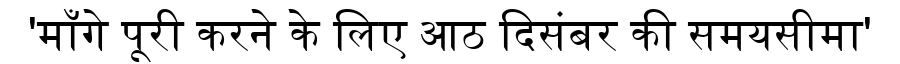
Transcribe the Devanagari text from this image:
'माँगे पूरी करने के लिए आठ दिसंबर की समयसीमा'